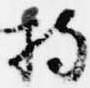
持